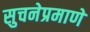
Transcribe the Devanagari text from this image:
सुचनेप्रमाणे